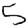
Digit: 5